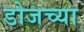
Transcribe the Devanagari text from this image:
डोजच्या